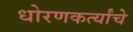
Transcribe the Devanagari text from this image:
धोरणकर्त्यांचे